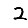
Digit: 2